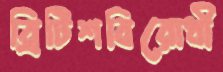
ব্রিটিশবিরোধী